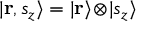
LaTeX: | \mathbf { r } , s _ { z } \rangle = | \mathbf { r } \rangle \! \otimes \! | s _ { z } \rangle